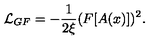
{ \cal L } _ { G F } = - { \frac { 1 } { 2 \xi } } ( F [ A ( x ) ] ) ^ { 2 } .